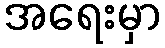
အရေးမှာ